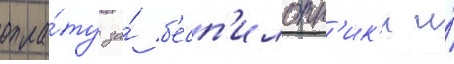
опла́ту за́ б'есп'илотн'ик'и и́